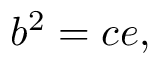
\displaystyle b ^ { 2 } = c e ,